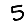
Digit: 5